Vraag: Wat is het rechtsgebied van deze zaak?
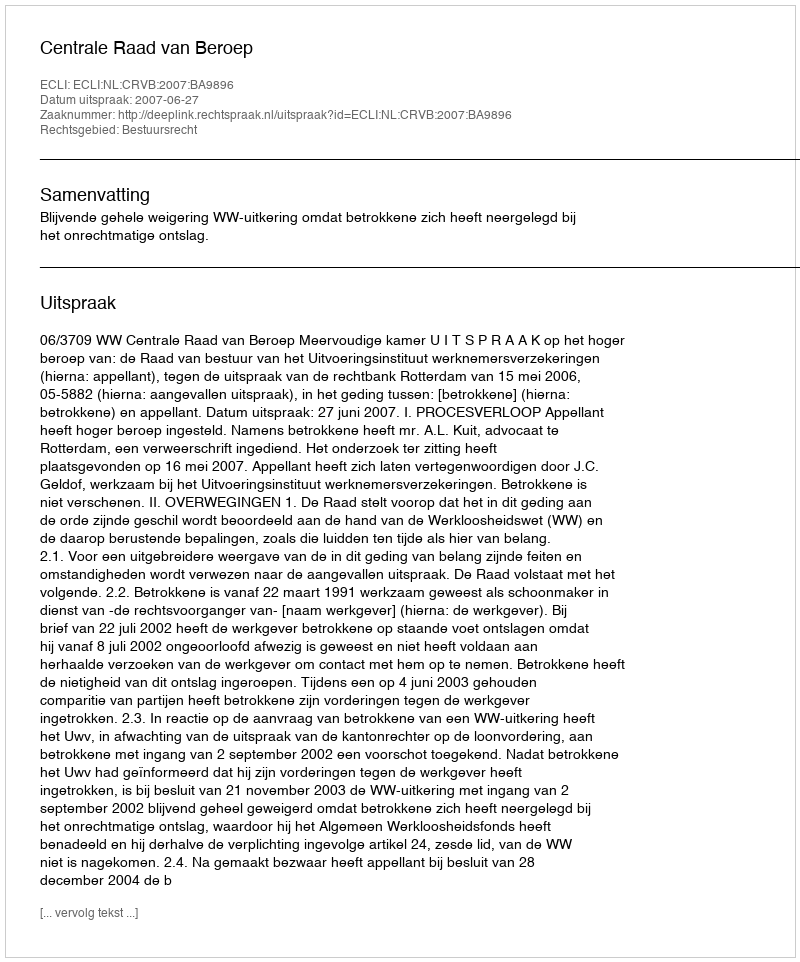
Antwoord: Bestuursrecht